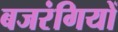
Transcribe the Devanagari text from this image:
बजरंगियों